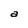
Character: a